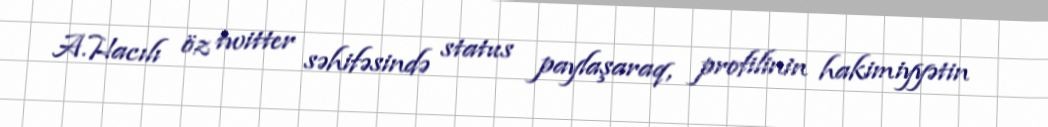
A.Hacılı öz twitter səhifəsində status paylaşaraq, profilinin hakimiyyətin